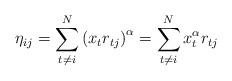
LaTeX: \begin{align*}\eta_{ij} = \sum_{t\neq i}^N \left(x_t r_{tj}\right)^\alpha= \sum_{t\neq i}^N x_t^\alpha r_{tj}\end{align*}